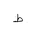
Letter: _da